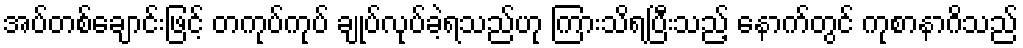
အပ်တစ်ချောင်းဖြင့် တကုပ်ကုပ် ချုပ်လုပ်ခဲ့ရသည်ဟု ကြားသိရပြီးသည့် နောက်တွင် ကုစာနာဂိသည်